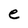
Character: e